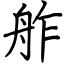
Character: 舴